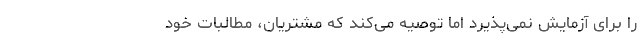
را برای آزمایش نمی‌پذیرد اما توصیه می‌کند که مشتریان، مطالبات خود